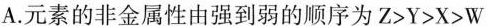
A.元素的非金属性由强到弱的顺序为$$Z > Y > X > W$$